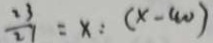
\frac { 2 3 } { 2 1 } = x : ( x - 4 0 )